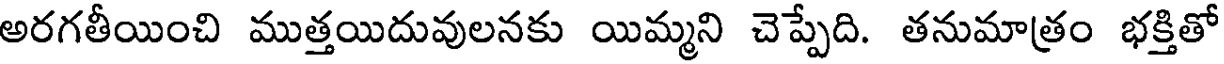
అరగతీయించి ముత్తయిదువులనకు యిమ్మని చెప్పేది. తనుమాత్రం భక్తితో